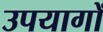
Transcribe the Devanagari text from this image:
उपयागों